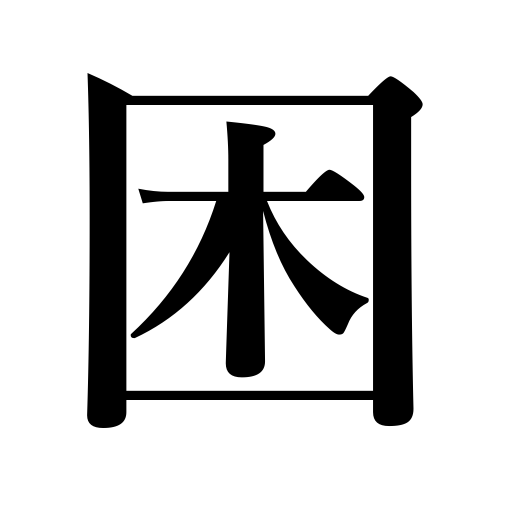
Meanings: be perplexed,be embarrassed,be distressed be in trouble,be destitute,be annoyed